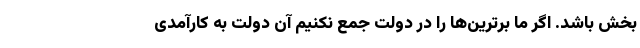
بخش باشد. اگر ما برترین‌ها را در دولت جمع نکنیم آن دولت به کارآمدی